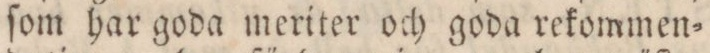
ſom har goda meriter och goda rekommen=